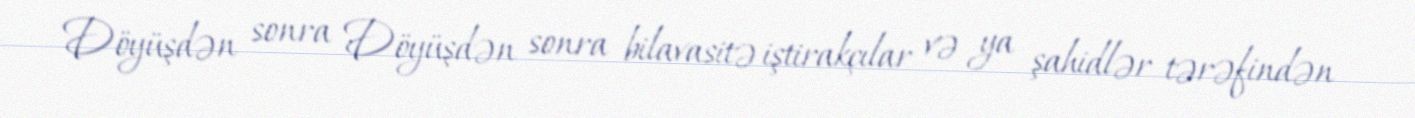
Döyüşdən sonra Döyüşdən sonra bilavasitə iştirakçılar və ya şahidlər tərəfindən